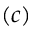
( c )